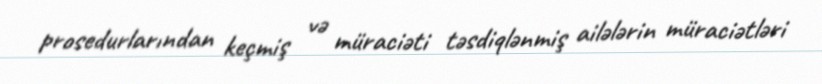
prosedurlarından keçmiş və müraciəti təsdiqlənmiş ailələrin müraciətləri